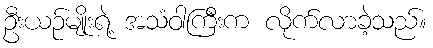
ဦးယဉ်မျိုးရဲ့ အသံဝါကြီးက လိုက်လာခဲ့သည်။